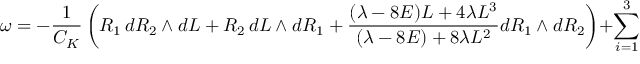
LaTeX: \omega = - \displaystyle \frac { 1 } { C _ { K } } \left( R _ { 1 } \, d R _ { 2 } \wedge d L + R _ { 2 } \, d L \wedge d R _ { 1 } + \displaystyle \frac { ( \lambda - 8 E ) L + 4 \lambda L ^ { 3 } } { ( \lambda - 8 E ) + 8 \lambda L ^ { 2 } } d R _ { 1 } \wedge d R _ { 2 } \right) + \sum _ { i = 1 } ^ { 3 } d \bar { C } _ { i } \wedge d C ^ { i } ~ ,